Vaccination North-Western Provinces and Oudh 1878-1895 - 1878-1895
Year: 1878
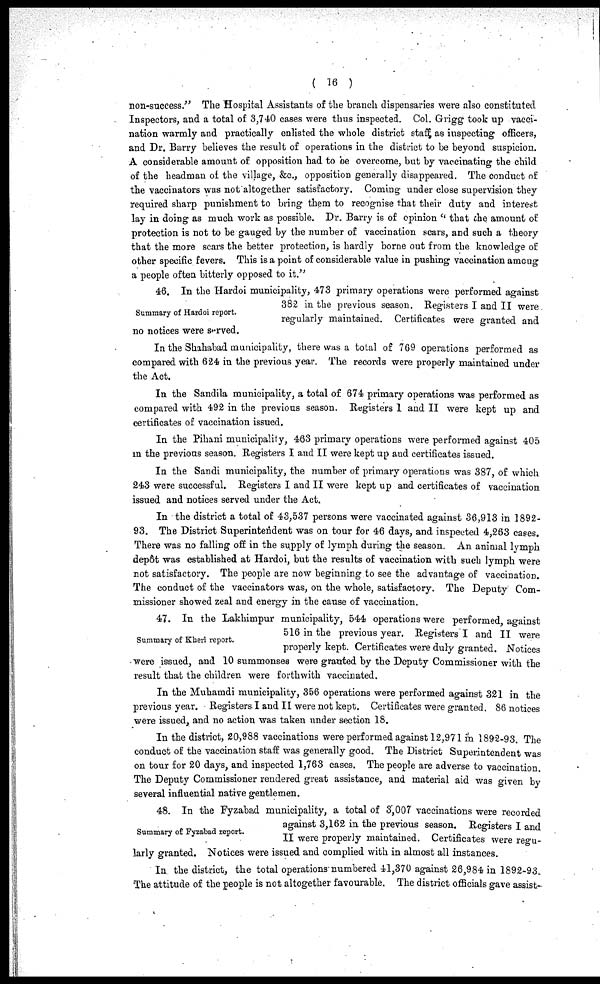
( 16 )
non-success." The Hospital Assistants of the branch dispensaries were also constituted
Inspectors, and a total of 3,740 cases were thus inspected. Col. Grigg took up vacci-
nation warmly and practically enlisted the whole district staff; as inspecting officers,
and Dr. Barry believes the result of operations in the district to be beyond suspicion.
A considerable amount of opposition had to be overcome, but by vaccinating the child
of the headman of the village, &c., opposition generally disappeared. The conduct of
the vaccinators was not altogether satisfactory. Coming under close supervision they
required sharp punishment to bring them to recognise that their duty and interest
lay in doing as much work as possible. Dr. Barry is of opinion " that the amount of
protection is not to be gauged by the number of vaccination scars, and such a theory
that the more scars the better protection, is hardly borne out from the knowledge of
other specific fevers. This is a point of considerable value in pushing vaccination among
a people often bitterly opposed to it."
Summary of Hardoi report.
46. In the Hardoi municipality, 473 primary operations were performed against
382 in the previous season. Registers I and II were
regularly maintained. Certificates were granted and
no notices were served.
In the Shahabad municipality, there was a total of 769 operations performed as
compared with 624 in the previous year. The records were properly maintained under
the Act.
In the Sandila municipality, a total of 674 primary operations was performed as
compared with 492 in the previous season. Registers 1 and II were kept up and
certificates of vaccination issued.
In the Pihani municipality, 463 primary operations were performed against 405
in the previous season. Registers I and II were kept up and certificates issued.
In the Sandi municipality, the number of primary operations was 387, of which
243 were successful. Registers I and II were kept up and certificates of vaccination
issued and notices served under the Act.
In the district a total of 43,537 persons were vaccinated against 36,913 in 1892-
93. The District Superintendent was on tour for 46 days, and inspected 4,263 cases.
There was no falling off in the supply of lymph during the season. An animal lymph
depôt was established at Hardoi, but the results of vaccination with such lymph were
not satisfactory. The people are now beginning to see the advantage of vaccination.
The conduct of the vaccinators was, on the whole, satisfactory. The Deputy Com-
missioner showed zeal and energy in the cause of vaccination.
Summary of Kheri report.
47. In the Lakhimpur municipality, 544 operations were performed, against
516 in the previous year. Registers I and II were
properly kept. Certificates were duly granted. Notices
were issued, and 10 summonses were granted by the Deputy Commissioner with the
result that the children were forthwith vaccinated.
In the Muhamdi municipality, 356 operations were performed against 321 in the
previous year. Registers I and II were not kept. Certificates were granted. 86 notices
were issued, and no action was taken under section 18.
In the district, 20,988 vaccinations were performed against 12,971 in 1892-93. The
conduct of the vaccination staff was generally good. The District Superintendent was
on tour for 20 days, and inspected 1,763 cases. The people are adverse to vaccination.
The Deputy Commissioner rendered great assistance, and material aid was given by
several influential native gentlemen.
Summary of Fyzabad report.
48. In the Fyzabad municipality, a total of 3,007 vaccinations were recorded
against 3,162 in the previous season. Registers I and
II were properly maintained. Certificates were regu-
larly granted, Notices were issued and complied with in almost all instances.
In the district, the total operations numbered 41,370 against 26,984 in 1892-93.
The attitude of the people is not altogether favourable. The district officials gave assist-